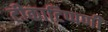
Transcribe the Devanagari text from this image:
टीकाटिप्पणी